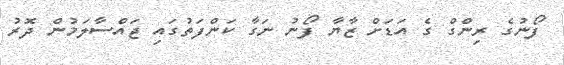
ފޯނުގެ ރިންގް ގެ އަޑަށް ޒާޔާ ފޯނު ނަގާ ކަންފަތުގައި ޖައްސާލަމުން ދޮރު